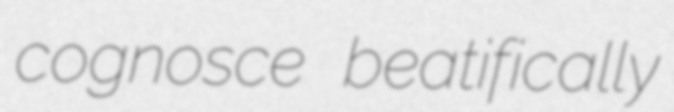
cognosce beatifically